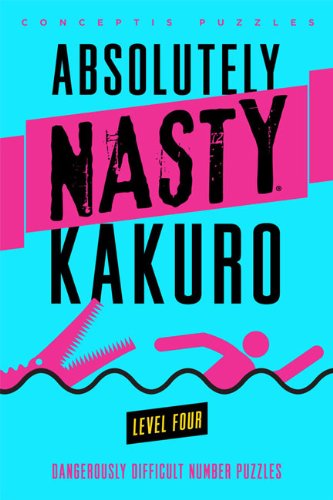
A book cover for Absolutely NastyÂ® Kakuro Level Four (Absolutely NastyÂ® Series); Conceptis Puzzles; Humor & Entertainment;